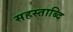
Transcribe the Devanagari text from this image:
सहस्ताब्दि